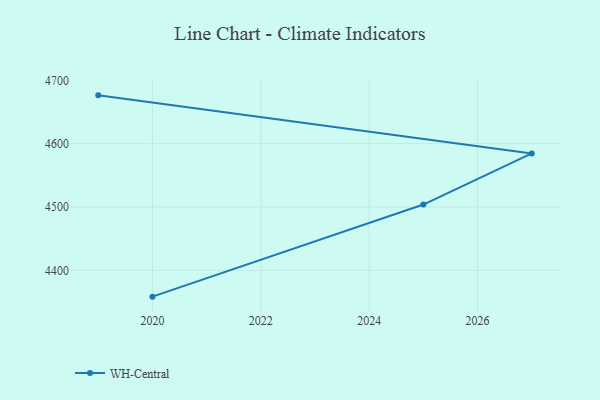
{"axis": {"x": "Year", "y": "Production Output"}, "legend": ["WH-Central"], "data": [{"x": "2020", "y": 4358.4, "type": "WH-Central"}, {"x": "2025", "y": 4503.9, "type": "WH-Central"}, {"x": "2027", "y": 4584.7, "type": "WH-Central"}, {"x": "2019", "y": 4676.4, "type": "WH-Central"}]}